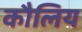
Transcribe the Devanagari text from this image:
कौलिय